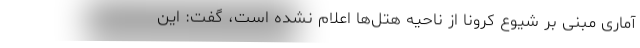
آماری مبنی بر شیوع کرونا از ناحیه هتل‌ها اعلام نشده است، گفت: این